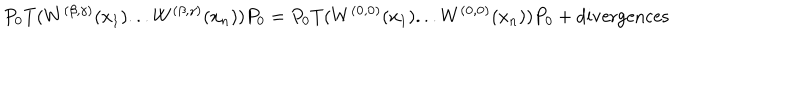
P _ { 0 } T ( W ^ { ( \mathbf { \beta } , \mathbf { \gamma } ) } ( x _ { 1 } ) . . . W ^ { ( \mathbf { \beta } , \mathbf { \gamma } ) } ( x _ { n } ) ) P _ { 0 } = P _ { 0 } T ( W ^ { ( \mathbf { 0 } , \mathbf { 0 } ) } ( x _ { 1 } ) . . . W ^ { ( \mathbf { 0 } , \mathbf { 0 } ) } ( x _ { n } ) ) P _ { 0 } + \mathrm { d i v e r g e n c e s }